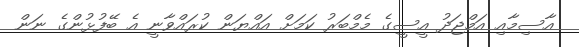
އާސިމާއި އަމްޖަދު އީސީގެ މެމްބަރު ކަމަށް އައްޔަން ކުރައްވާނީ އެ ބޭފުޅުންގެ ނަން